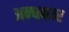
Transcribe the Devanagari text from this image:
अन्‍धकार